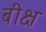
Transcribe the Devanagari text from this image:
बीक्ष